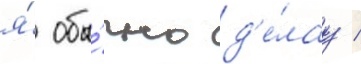
я́ обы́чно д'е́лау /